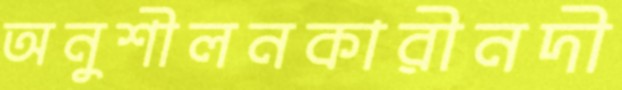
অনুশীলনকারীনদী